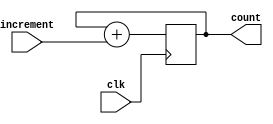
`timescale 1ns / 1ps
//////////////////////////////////////////////////////////////////////////////////
// Company:  Uni Heidelberg
//
// Design Name:			Some counter for Schaltungstechnik-Lecture in WS13/14
// Module Name:			counter
// Project Name:		a41
// Target Devices: 		Digilent Nexys 2, maybe others
// Tool versions: 		Foobar
// Description: 		Just some stuff to learn how to programm stuff
//
// Dependencies: 		None
//
// Revision:
// Revision 0.01 - File Created
// Additional Comments:
//
//////////////////////////////////////////////////////////////////////////////////
module counter #(parameter width=32) (input clk, input [7:0] increment, output reg [width-1:0] count);

	initial begin
		count = 0;
	end

	always @( posedge clk)begin
		count <= count+increment;
	end
endmodule